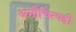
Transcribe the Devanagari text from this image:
अनौचित्यही